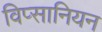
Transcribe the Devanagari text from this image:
विप्सानियन